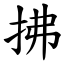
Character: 拂